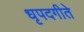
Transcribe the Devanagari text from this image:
धृपदगीते